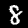
Digit: 8